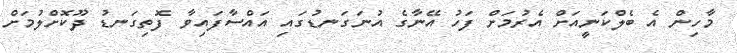
މާހިން އެ ބެލްކަނީއަށް އެރުމަށް ފަހު އޭނާގެ އުނަގަނޑުގައި އައްސާފައިވާ ފޮތިގަނޑު ދޫކޮށްލުމަށް